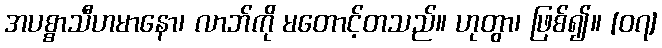
အပစ္စာသီဟမာနော၊ လာဘ်ကို မတောင့်တသည်။ ဟုတွာ၊ ဖြစ်၍။ [၀၇]